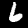
Digit: 6